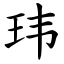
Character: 玮